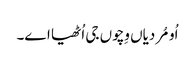
اُو مُردیاں وِچوں جی اُٹھیا اے۔